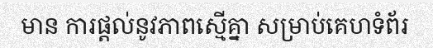
មាន ការផ្តល់នូវភាពស្មើគ្នា សម្រាប់គេហទំព័រ